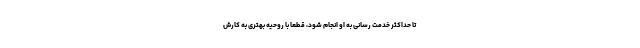
تا حداکثر خدمت رسانی به او انجام شود، قطعا با روحیه بهتری به کارش